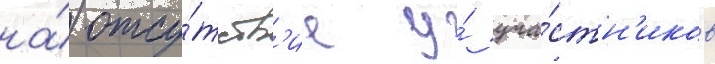
на́ отсу́тств'ие у́ уча́стн'иков